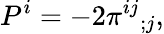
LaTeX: P^{i}=-2\pi^{ij}{}_{;j},